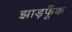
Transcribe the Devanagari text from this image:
झाड़फूँक